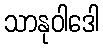
သာနုဝါဒေါ